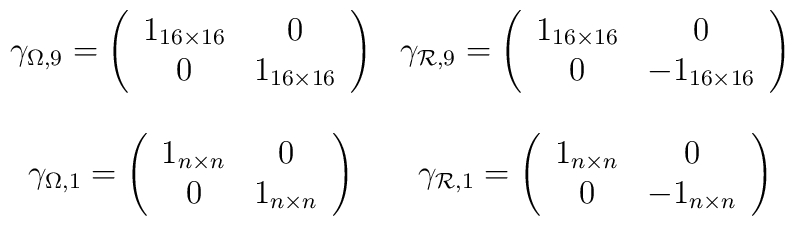
\begin{array}{cc}\gamma_{\Omega,9}=\left(\begin{array}{cc}                                          1_{16\times 16}&0\\                                          0&1_{16\times 16}                                         \end{array}\right)&\gamma_{{\cal R},9}=\left(\begin{array}{cc}                                          1_{16\times 16}&0\\                                          0&-1_{16\times 16}                                         \end{array}\right)\\{}&{}\\\gamma_{\Omega,1}=\left(\begin{array}{cc}                                          1_{n\times n}&0\\                                          0&1_{n\times n}                                         \end{array}\right)&\gamma_{{\cal R},1}=\left(\begin{array}{cc}                                          1_{n\times n}&0\\                                          0&-1_{n\times n}                                         \end{array}\right)\end{array}